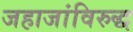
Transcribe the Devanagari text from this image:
जहाजांविरुद्ध